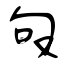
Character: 嗀